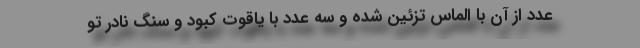
عدد از آن با الماس تزئین شده و سه عدد با یاقوت کبود و سنگ نادر تو